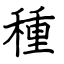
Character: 種